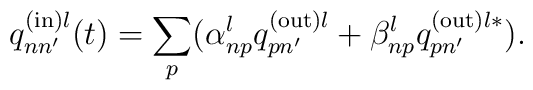
q_{nn'}^{{\rm (in)} l }(t)=\sum_{p}(\alpha_{np}^{l}q_{pn'} ^{{\rm(out)} l}+ \beta_{np}^{l}q_{pn'}^{{\rm (out)}l\ast }).